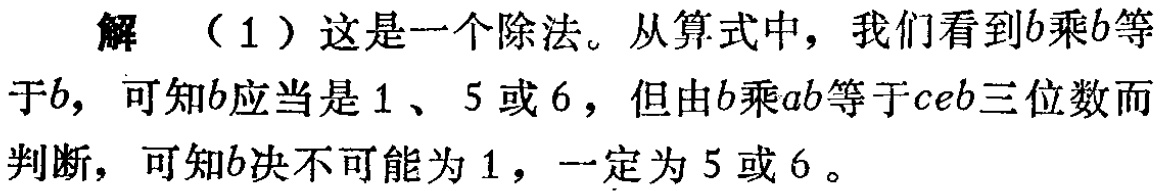
解 （1）这是一个除法。从算式中，我们看到\(b\)乘\(b\)等于\(b\)，可知\(b\)应当是\(1\)、\(5\)或\(6\)，但由\(b\)乘\(ab\)等于\(ceb\)三位数而判断，可知\(b\)决不可能为\(1\)，一定为\(5\)或\(6\)。